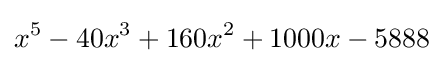
x^{5}-40x^{3}+160x^{2}+1000x-5888